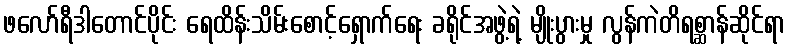
ဖလော်ရီဒါတောင်ပိုင်း ရေထိန်းသိမ်းစောင့်ရှောက်ရေး ခရိုင်အဖွဲ့ရဲ့ မျိုးပွားမှု လွန်ကဲတိရစ္ဆာန်ဆိုင်ရာ